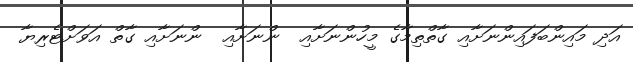
އަދި މައިންބަފައިންނަށާއި ގާތްތިމާގެ މީހުންނަށާއި  ންނަށާއި  ންނަށާއި ގާތް އަވަށްޓެރިޔާ